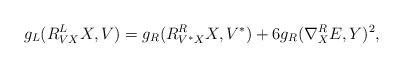
LaTeX: \begin{align*}g_L(R^L_{VX}X,V)=g_R(R^R_{V^*X}X,V^*)+6g_R(\nabla^R_XE,Y)^2,\end{align*}